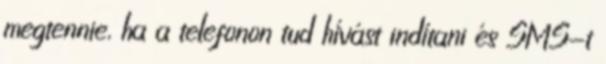
megtennie, ha a telefonon tud hívást indítani és SMS-t